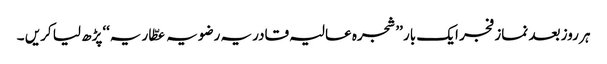
ہر روز بعد نماز فجر ایک بار ’’شجرہ عالیہ قادریہ رضویہ عطّاریہ‘‘پڑھ لیا کریں ۔